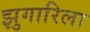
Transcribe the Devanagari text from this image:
झुगारिला